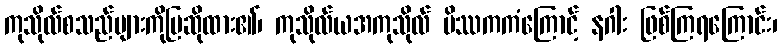
ကုသိုလ်စသည်များကိုပြဆိုထား၏၊ ကုသိုလ်ယအကုသိုလ် မိဿကကံကြောင့် နဂါး ဖြစ်ကြရကြောင်း၊